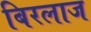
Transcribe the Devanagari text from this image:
बिरलाज